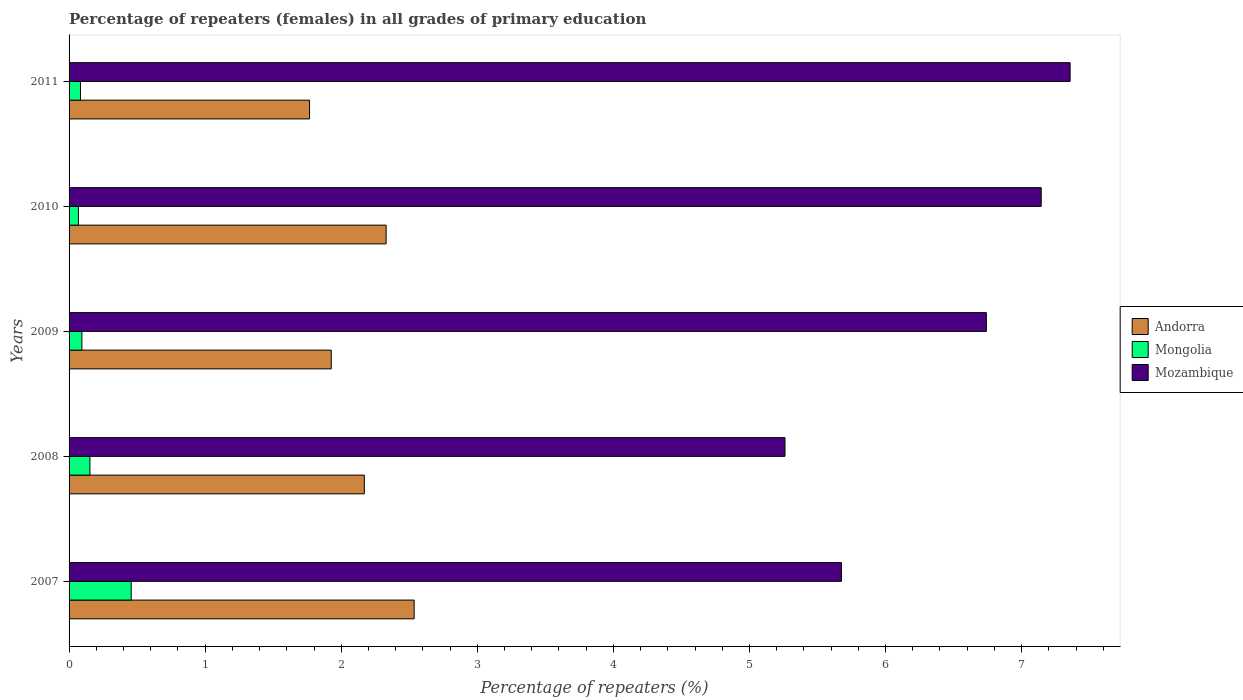
| Years | Andorra | Mongolia | Mozambique |
 | --- | --- | --- | --- |
 | 2007 | 2.54 | 0.457 | 5.68 |
 | 2008 | 2.17 | 0.153 | 5.26 |
 | 2009 | 1.93 | 0.0942 | 6.74 |
 | 2010 | 2.33 | 0.0686 | 7.14 |
 | 2011 | 1.77 | 0.0839 | 7.36 |